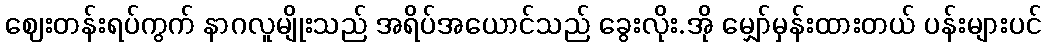
ဈေးတန်းရပ်ကွက် နာဂလူမျိုးသည် အရိပ်အယောင်သည် ခွေးလိုး.အို မျှော်မှန်းထားတယ် ပန်းများပင်